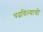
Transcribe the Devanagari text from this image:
चढविल्याची